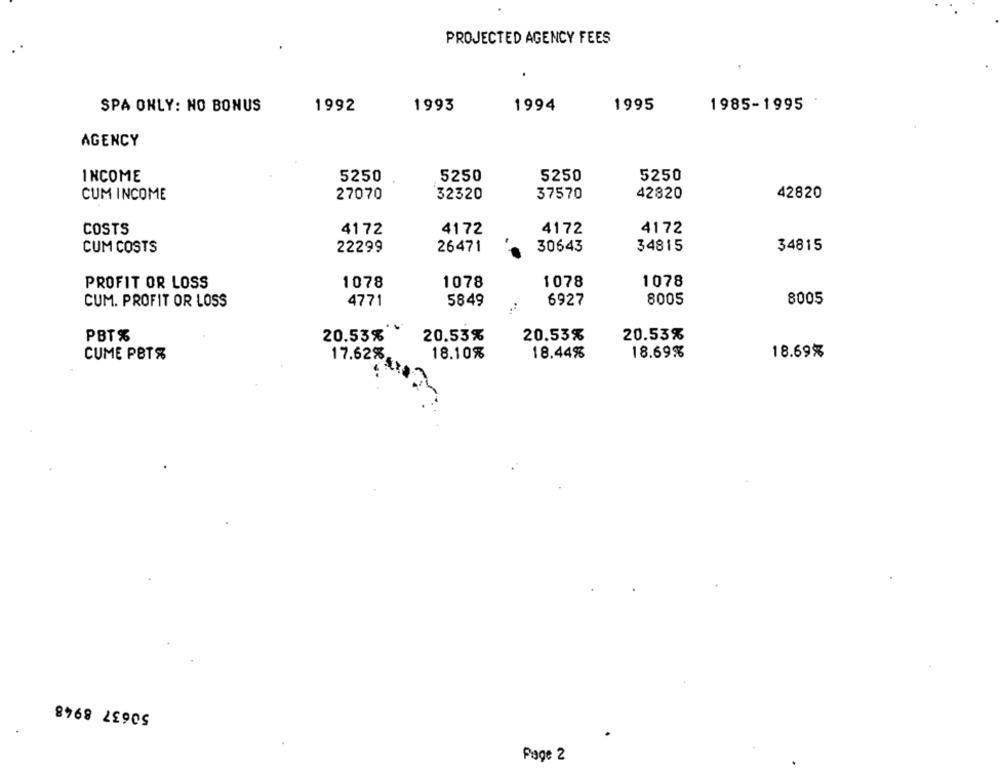
PROJECTED AGENCY FEES
SPA ONLY: NO BONUS
1992
1993
1994
1995
1985-1995
AGENCY
INCOME
5250
5250
5250
5250
CUM INCOME
27070
32320
37570
42820
42820
COSTS
4172
4172
4172
4172
26471
30643
34815
34815
CUM COSTS
22299
PROFIT OR LOSS
1078
1078
1078
1078
4771
5849
6927
8005
8005
CUM. PROFIT OR LOSS
PBT%
20.53%
20.53%
20.53%
20.53%
CUME PETS
18.10%
18.44%
18.69%%
18.69%
17.62%.
50637 8948
Page 2